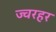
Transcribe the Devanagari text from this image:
ज्वरहर